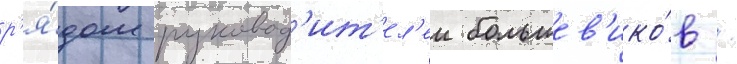
р'я́дом руковод'ит'ел'еи большев'ико́в /